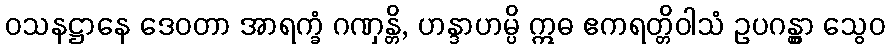
ဝသနဋ္ဌာနေ ဒေဝတာ အာရက္ခံ ဂဏှန္တိ, ဟန္ဒာဟမ္ပိ ဣဓ ဧကရတ္တိဝါသံ ဥပဂန္တွာ သွေဝ